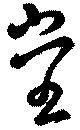
堂